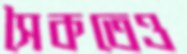
সৈকতেও